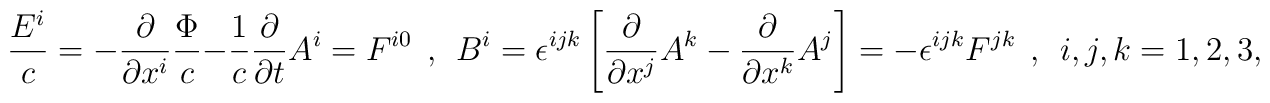
\frac{E^i}{c}=-\frac{\partial}{\partial x^i}\frac{\Phi}{c}-\frac{1}{c}\frac{\partial}{\partial t}A^i=F^{i0}\ \ ,\ \ B^i=\epsilon^{ijk}\left[\frac{\partial}{\partial x^j}A^k-\frac{\partial}{\partial x^k}A^j\right]=-\epsilon^{ijk}F^{jk}\ \ ,\ \ i,j,k=1,2,3,